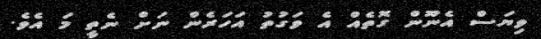
ވިޔަސް އެނޫން ގޮތެއް އެ ވަގުތު އަހަރެން ނަށް ނެތީ މަ އެވެ.